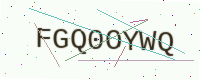
Text: FGQ0OYWQ